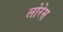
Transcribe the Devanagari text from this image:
लोरेस